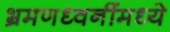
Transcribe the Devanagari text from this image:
भ्रमणध्वनींमध्ये